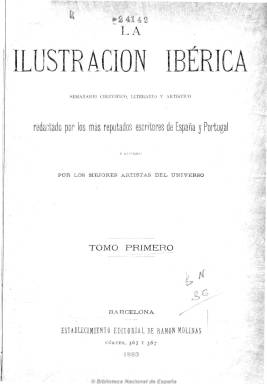
Título: La Ilustración ibérica (Barcelona. 1883)
Colección: Revistas de información general
Ámbito geográfico: Barcelona
Lugar de publicación: Barcelona
Fechas: 06/01/1883-31/12/1898

Subtitulada como “semanario científico, literario y artístico”, expresaba que estaba “redactado por los más reputados escritores de España y Portugal e ilustrado por los mejores artistas del universo”. Fue editada por Ramón Solís y dirigida por Alfredo Opisso. Al principio de ocho páginas y posteriormente de dieciséis, publicó un total de 730 números. En su cabecera aparecen los retratos de Camoens, Cervantes y Homero.

Ejemplo de un iberismo cultural de la Restauración española, nace con el intento de popularizar la literatura y el conocimiento del pensamiento portugués en España y de estrechar lazos entre ambos países, a través de la publicación de trabajos de tipo literario, científico, artístico y de crítica y creación literaria, tanto en prosa como en verso, crónicas viajeras y de sociedad, etc. Destacan sus excelentes grabados de retratos, reproducciones de obras pictóricas, paisajes, edificios monumentales, personajes históricos, estampas costumbristas y de culturas y civilizaciones extranjeras. Incluía anuncios publicitarios y un grabado de gran tamaño tirado aparte para su posible colección.

Entre sus colaboradores estuvieron Patrocinio de Biedma, María Mendoza de Vives, Antonia Opisso, Emilia Pardo Bazán, Leopoldo Alas ‘Clarín’, Ricardo Blanco Asenjo, Eduardo Blasco, Teófilo de Braga, Ramón de Campoamor, Antonio Cánovas del Castillo, Emilio Castelar, Rafael Castillo, José Echegaray, José Zorrilla, Manuel del Palacio, Adolfo Marsillach, Francisco Pi y Margall, Rafael Altamira y ‘Kasabal’, entre otros muchos, abundando más los españoles que los portugueses.

También se difundió por la América española y portuguesa y estuvo dirigida a un público de las clases medias y altas y debió ser bien aceptada por el femenino.